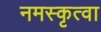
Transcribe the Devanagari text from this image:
नमस्कृत्वा